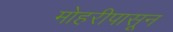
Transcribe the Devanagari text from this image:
मोहरीपासून